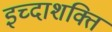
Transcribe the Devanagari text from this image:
इच्दाशक्ति